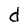
Character: d